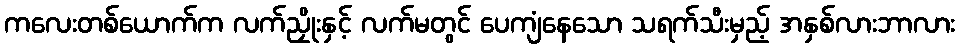
ကလေးတစ်ယောက်က လက်ညှိုးနှင့် လက်မတွင် ပေကျံနေသော သရက်သီးမှည့် အနှစ်လားဘာလား